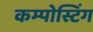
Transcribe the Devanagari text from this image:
कम्पोस्टिंग